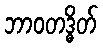
ဘာဝတဒ္ဓိတ်